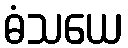
ဓံသယေ